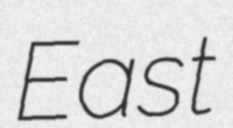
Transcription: East